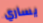
يساري